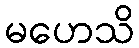
မဟေသိ